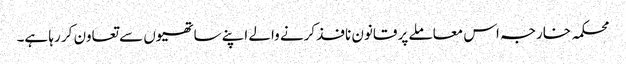
محکمہ خارجہ اس معاملے پر قانون نافذ کرنے والے اپنے ساتھیوں سے تعاون کر رہا ہے۔